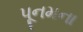
પૂનમના